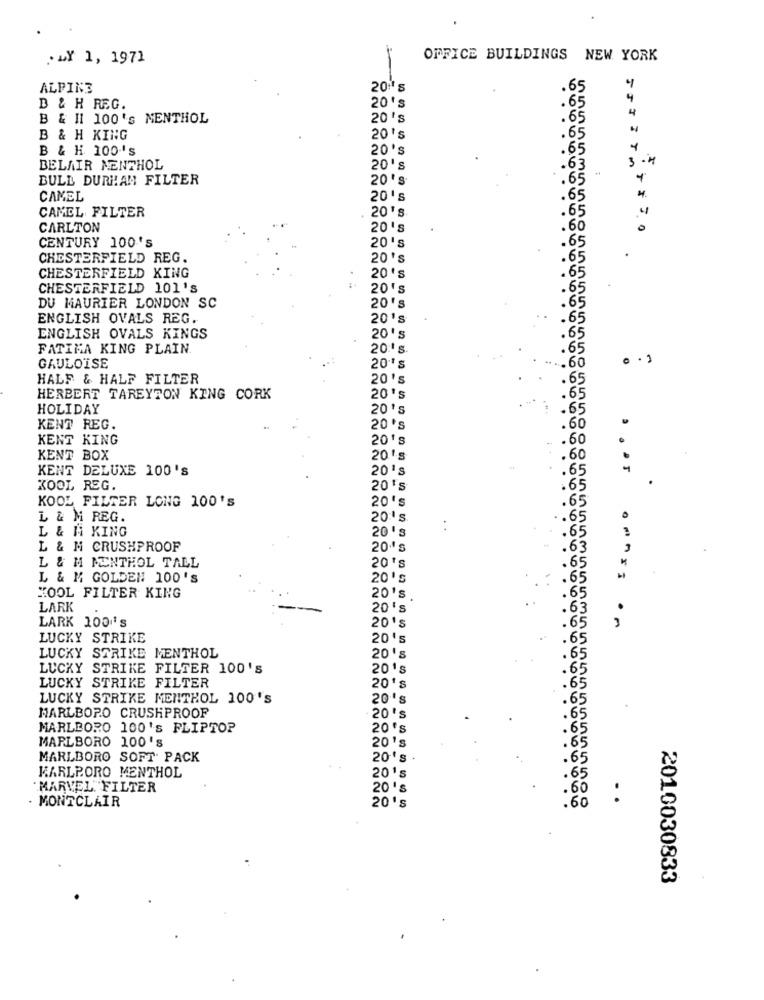
. MY 1, 1971
OFFICE BUILDINGS NEW YORK
ALPINE
.65
4
20's
.65
4
B & H REG.
B & II 100's MENTHOL
20 's
.65
B & H KING
20's
.65
B & H. 100 's
20's
.65
3
BELAIR NENTHOL
20's
.63
BULL DURHAM FILTER
20's
.65
T
CAMEL
20's
CAMEL FILTER
20's
65
CARLTON
20's
60
CENTURY 100's
20 's
CHESTERFIELD REG.
20's
CHESTERFIELD KING
20's
CHESTERFIELD 101's
20's
20's
DU MAURIER LONDON SC
ENGLISH OVALS REG.
20 's
ENGLISH OVALS KINGS
20's
FATIMA KING PLAIN.
20's
65
60
GAULOISE
20's
HALF & HALF FILTER
20's
HERBERT TAREYTON KING CORK
20's
HOLIDAY
20 's
60
KENT REG.
20's
KENT KING
20's
60
KENT BOX
20 's
.60
KENT DELUXE 100'S
20's
65
KOOL REG.
20's
.65
KOOL FILTER LONG 100'S
20's
. 65
L & M REG.
20 's
.65
L & M KING
20's
. .
.65
L & M CRUSHPROOF
20.º s
.63
65
L & M MENTHOL TALL
20's
L & M GOLDEN 100'S
.65
65
KOOL FILTER KING
20's
LARK
20's
.63
LARK 100''S
20's
.65
on
LUCKY STRIKE
20's
.65
LUCKY STRIKE MENTHOL
20's
.65
LUCKY STRIKE FILTER 100's
20's
.65
LUCKY STRIKE FILTER
.65
20's
LUCKY STRIKE MENTHOL 100'S
20's
.65
65
MARLBORO CRUSHPROOF
20's
MARLBORO 100's FLIPTOP
20 's
.6
MARLBORO 100's
20's
MARLBORO SOFT PACK
20's
20's
KARLPORO MENTHOL
MARVEL. FILTER
20 's
60
:
. MONTCLAIR
20's
60
2010030833